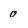
Character: 0